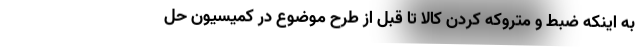
به اینکه ضبط و متروکه کردن کالا تا قبل از طرح موضوع در کمیسیون حل